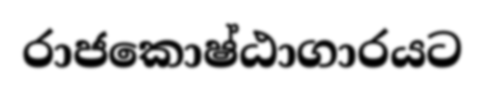
රාජකොෂ්ඨාගාරයට